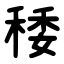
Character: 䅗